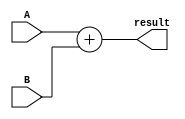
`timescale 1ns / 1ps
//////////////////////////////////////////////////////////////////////////////////
// Company: 
// Engineer: 
// 
// Design Name: 
// Module Name: Add
// Project Name: 
// Target Devices: 
// Tool Versions: 
// Description: 
// 
// Dependencies: 
// 
// Revision:
// Revision 0.01 - File Created
// Additional Comments:
// 
//////////////////////////////////////////////////////////////////////////////////


module Add(
    input [31:0] A,
    input [31:0] B,
    output [31:0] result
    );
  
    assign result = A + B;
    
endmodule